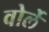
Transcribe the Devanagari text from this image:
वोर्ले